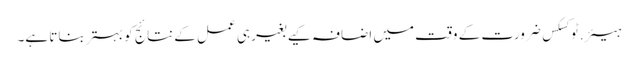
ہیئر.ٹوکسکس ضرورت کے وقت میں اضافہ کیے بغیر ہی عمل کے نتائج کو بہتر بناتا ہے۔